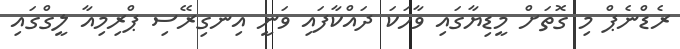
ރެޑްނެޕް މި ގޮތަށް މީޑިޔާގައި ވާހަކަ ދައްކާފައި ވަނީ އިނގިރޭސި ޕްރިމިއާ ލީގްގައި